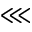
\lll